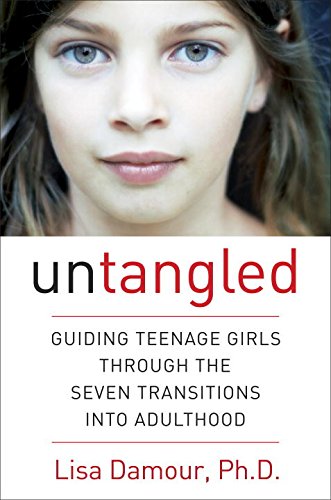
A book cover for Untangled: Guiding Teenage Girls Through the Seven Transitions into Adulthood; Lisa Damour; Parenting & Relationships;